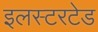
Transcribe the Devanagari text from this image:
इलस्टरटेड